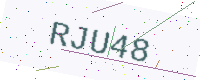
Text: RJU48